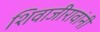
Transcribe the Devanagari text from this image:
शिवाजीरावांनी